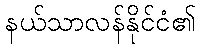
နယ်သာလန်နိုင်ငံ၏